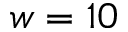
w = 1 0